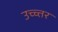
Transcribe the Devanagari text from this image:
उच्च्त्तर